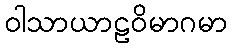
ဝါသာယာဠဝိမာဂမာ